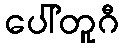
ပေါ်တူဂီ